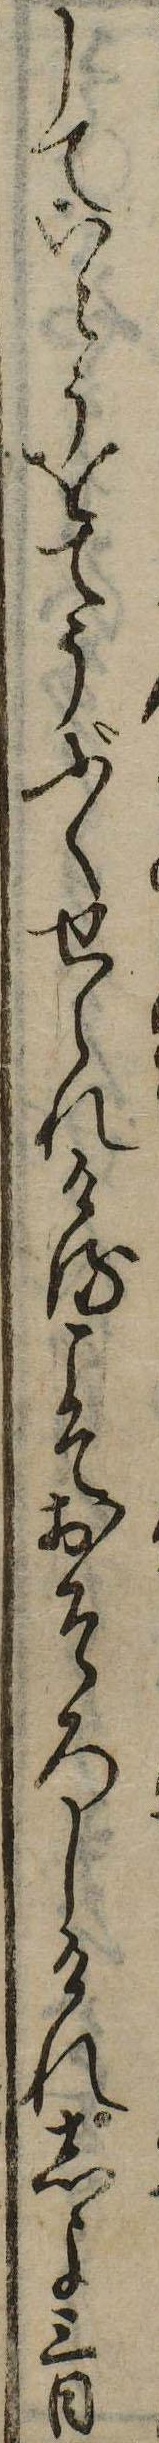
していとうをてうぶくせられけるこそおそろしけれしよ三日